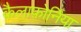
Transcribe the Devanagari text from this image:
कैलाफ़ोर्निया